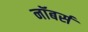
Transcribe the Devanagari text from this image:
नॉबर्स